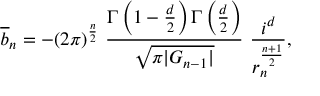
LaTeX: \overline { { { b } } } _ { n } = - ( 2 \pi ) ^ { \frac { n } { 2 } } ~ \frac { \Gamma \left( 1 - \frac { d } { 2 } \right) \Gamma \left( \frac { d } { 2 } \right) } { \sqrt { \pi | G _ { n - 1 } | } } ~ \frac { i ^ { d } } { r _ { n } ^ { \frac { n + 1 } { 2 } } } ,